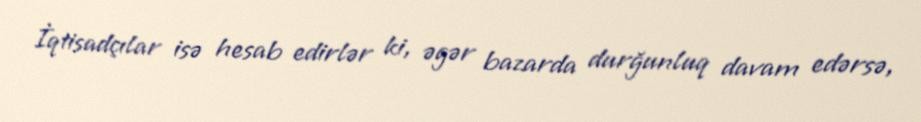
İqtisadçılar isə hesab edirlər ki, əgər bazarda durğunluq davam edərsə,